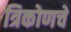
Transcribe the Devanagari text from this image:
त्रिकोणचे